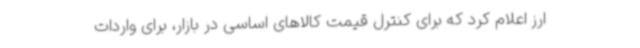
ارز اعلام کرد که برای کنترل قیمت کالاهای اساسی در بازار، برای واردات